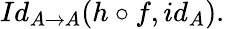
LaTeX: Id_{A\rightarrow A}(h\circ f,id_{A}).